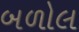
બળોલ